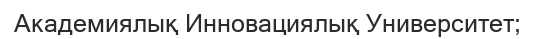
Академиялық Инновациялық Университет;